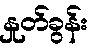
နှုတ်ခွန်း